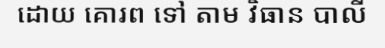
ដោយ គោរព ទៅ តាម វិធាន បាលី